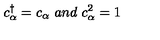
c _ { \alpha } ^ { \dagger } = c _ { \alpha } \ a n d \ c _ { \alpha } ^ { 2 } = 1